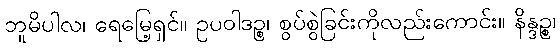
ဘူမိပါလ၊ ရေမြေ့ရှင်။ ဥပဝါဒဉ္စ၊ စွပ်စွဲခြင်းကိုလည်းကောင်း။ နိန္ဒဉ္စ၊